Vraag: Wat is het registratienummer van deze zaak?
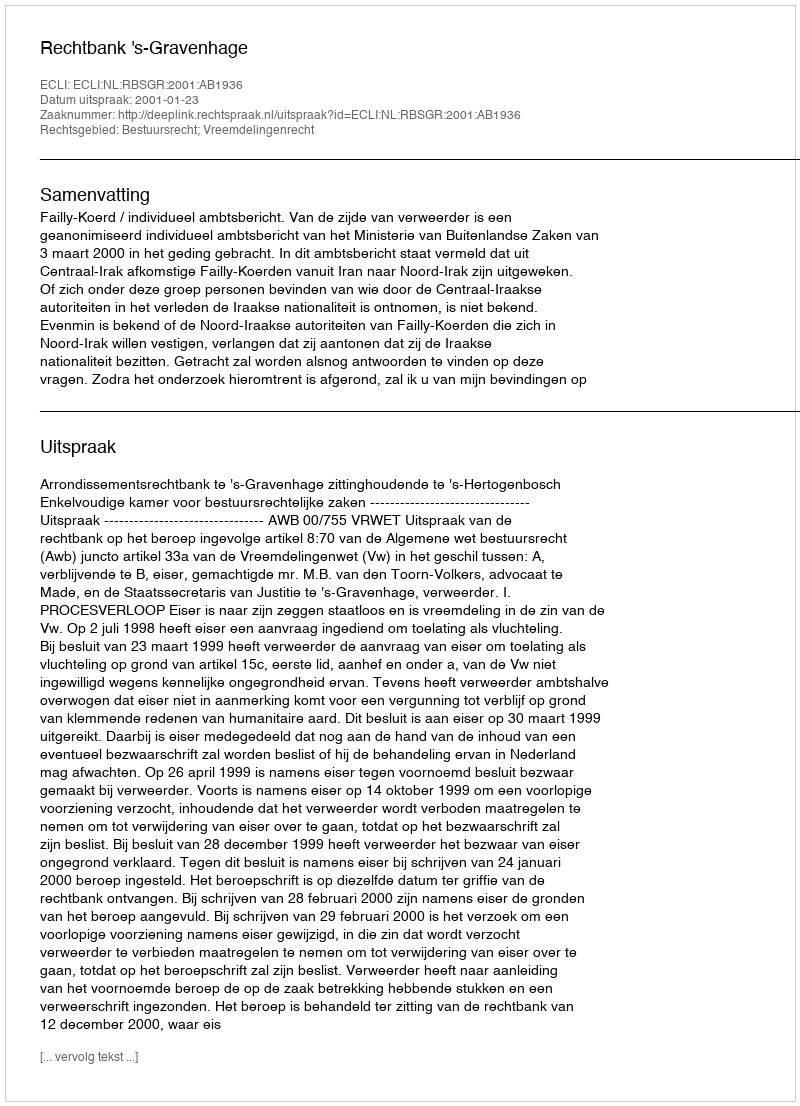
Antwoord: http://deeplink.rechtspraak.nl/uitspraak?id=ECLI:NL:RBSGR:2001:AB1936